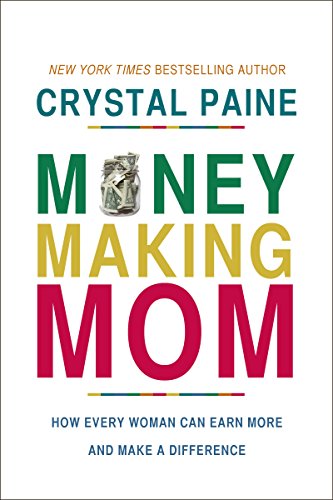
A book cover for Money-Making Mom: How Every Woman Can Earn More and Make a Difference; Crystal Paine; Business & Money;